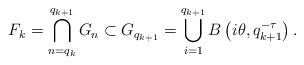
LaTeX: \begin{align*}F_k = \bigcap_{n = q_k}^{q_{k+1}} G_n \subset G_{q_{k+1}} = \bigcup_{i=1}^{q_{k+1}} B \left( i\theta , q_{k+1}^{-\tau} \right).\end{align*}